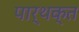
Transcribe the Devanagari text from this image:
पार्थक्त